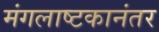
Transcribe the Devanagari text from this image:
मंगलाष्टकानंतर